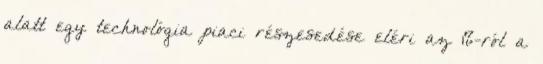
alatt egy technológia piaci részesedése eléri az 1%-ról a